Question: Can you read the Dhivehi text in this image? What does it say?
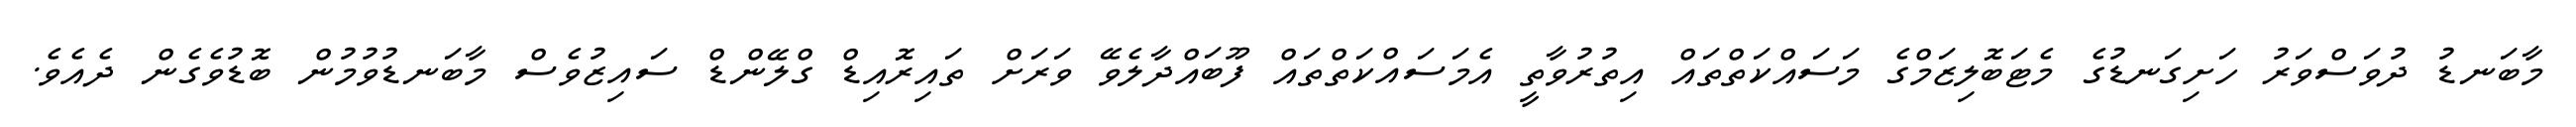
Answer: މާބަނޑު ދުވަސްވަރު ހަށިގަނޑުގެ މެޓަބޮލިޒަމްގެ މަސައްކަތްތައް އިތުރުވާތީ އެމަސައްކަތްތައް ފޫބައްދާލެވޭ ވަރަށް ތައިރޮއިޑް ގްލޭންޑް ސައިޒުވެސް މާބަނޑުވުމުން ބޮޑުވެގެން ދެއެވެ.